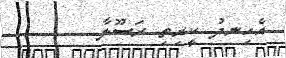
އެހިނދު ކީރިތި ރަސޫލާ